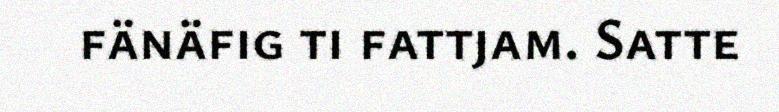
fänäfig ti fattjam. Satte